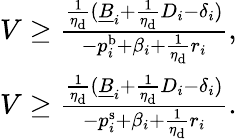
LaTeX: \begin{array}{r}{V\ge\frac{\frac{1}{\eta_{\mathrm{d}}}(\underline{{B}}_{i}+\frac{1}{\eta_{\mathrm{d}}}D_{i}-\delta_{i})}{-p_{i}^{\mathrm{b}}+\beta_{i}+\frac{1}{\eta_{\mathrm{d}}}r_{i}},}\\ {V\ge\frac{\frac{1}{\eta_{\mathrm{d}}}(\underline{{B}}_{i}+\frac{1}{\eta_{\mathrm{d}}}D_{i}-\delta_{i})}{-p_{i}^{\mathrm{s}}+\beta_{i}+\frac{1}{\eta_{\mathrm{d}}}r_{i}}.}\end{array}